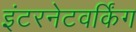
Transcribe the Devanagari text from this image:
इंटरनेटवर्किंग